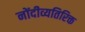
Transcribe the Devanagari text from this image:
नोंदीव्यतिरिक्त